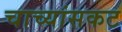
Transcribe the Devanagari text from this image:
चाच्यांसकट